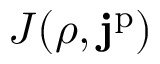
J ( \rho , \mathbf { j } ^ { \mathrm { p } } )